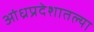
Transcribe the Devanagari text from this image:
आंध्रप्रदेशातल्या